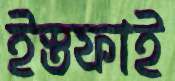
ইস্তফাই